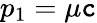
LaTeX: p_{1}=\mu\mathtt{c}